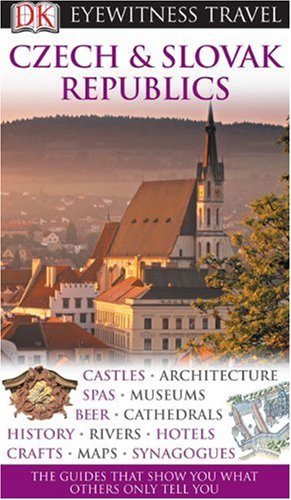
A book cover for Czech and Slovak Republics (Eyewitness Travel Guides); Travel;